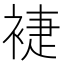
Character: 𧚨